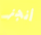
أنجز